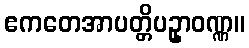
ဧကတေအာပတ္တိပဥှာဝဏ္ဏ။